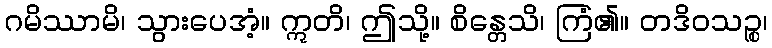
ဂမိဿာမိ၊ သွားပေအံ့။ ဣတိ၊ ဤသို့။ စိန္တေသိ၊ ကြံ၏။ တဒိဝသဉ္စ၊